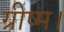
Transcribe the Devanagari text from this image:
ग्रीष्म।